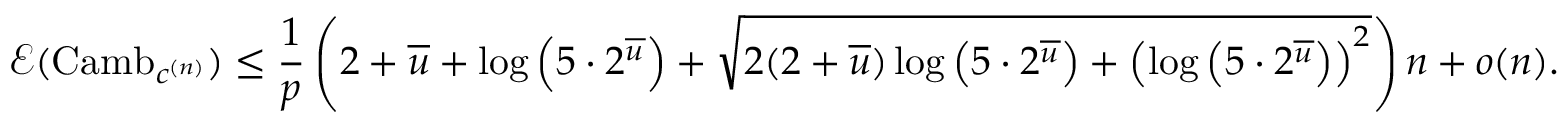
\mathcal E ( \mathrm { C a m b } _ { c ^ { ( n ) } } ) \leq \frac { 1 } { p } \left( 2 + \overline { { u } } + \log \left( 5 \cdot 2 ^ { \overline { { u } } } \right) + \sqrt { 2 ( 2 + \overline { { u } } ) \log \left( 5 \cdot 2 ^ { \overline { { u } } } \right) + \left( \log \left( 5 \cdot 2 ^ { \overline { { u } } } \right) \right) ^ { 2 } } \right) n + o ( n ) .